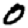
Digit: 0